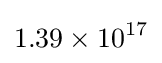
1.39\times 10^{17}